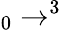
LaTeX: _{0}\to^{3}